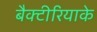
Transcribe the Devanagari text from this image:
बैक्टीरियाके